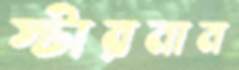
স্টারনাম